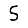
Digit: 5